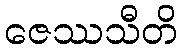
ဇေဿသီတိ